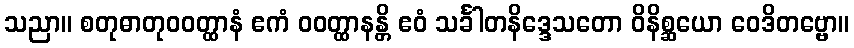
သညာ။ စတုဓာတုဝဝတ္ထာနံ ဧကံ ဝဝတ္ထာနန္တိ ဧဝံ သင်္ခါတနိဒ္ဒေသတော ဝိနိစ္ဆယော ဝေဒိတဗ္ဗော။